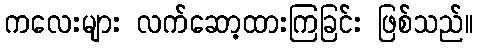
ကလေးများ လက်ဆော့ထားကြခြင်း ဖြစ်သည်။